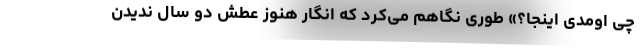
چی اومدی اینجا؟» طوری نگاهم می‌کرد که انگار هنوز عطش دو سال ندیدن